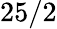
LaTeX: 25/2